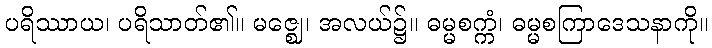
ပရိဿာယ၊ ပရိသာတ်၏။ မဇ္ဈေ၊ အလယ်၌။ ဓမ္မစက္ကံ၊ ဓမ္မစကြာဒေသနာကို။